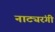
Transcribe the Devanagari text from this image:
नाट्यरंगी